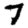
Digit: 7